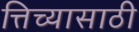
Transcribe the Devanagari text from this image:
त्तिच्यासाठी